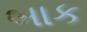
બાક